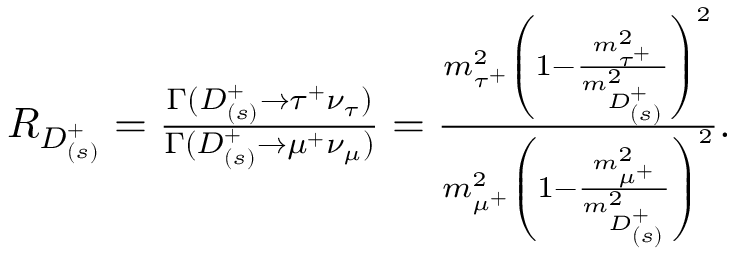
\begin{array} { r } { R _ { D _ { ( s ) } ^ { + } } = \frac { \Gamma ( D _ { ( s ) } ^ { + } \to \tau ^ { + } \nu _ { \tau } ) } { \Gamma ( D _ { ( s ) } ^ { + } \to \mu ^ { + } \nu _ { \mu } ) } = \frac { m _ { \tau ^ { + } } ^ { 2 } \left( 1 - \frac { m _ { \tau ^ { + } } ^ { 2 } } { m _ { D _ { ( s ) } ^ { + } } ^ { 2 } } \right) ^ { 2 } } { m _ { \mu ^ { + } } ^ { 2 } \left( 1 - \frac { m _ { \mu ^ { + } } ^ { 2 } } { m _ { D _ { ( s ) } ^ { + } } ^ { 2 } } \right) ^ { 2 } } . } \end{array}